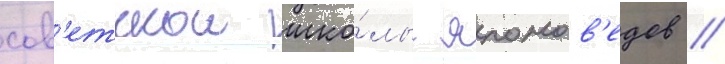
сов'етскои шко́лы японов'едов /